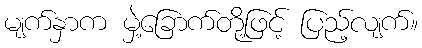
မျက်နှာက မှဲ့ခြောက်တို့ဖြင့် ပြည့်လျက်။